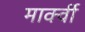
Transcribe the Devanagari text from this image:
मार्क्वी